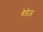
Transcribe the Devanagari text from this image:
बेडेज़